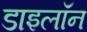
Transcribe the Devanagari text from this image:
डाइलॉन